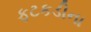
ફટકડીના